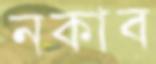
নকাব